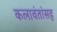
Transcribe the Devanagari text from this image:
कलावंतांसह